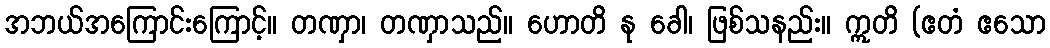
အဘယ်အကြောင်းကြောင့်။ တဏှာ၊ တဏှာသည်။ ဟောတိ နု ခေါ၊ ဖြစ်သနည်း။ ဣတိ (ဧတံ ဧသော